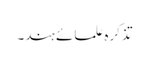
تذکرہ علمائے ہند۔